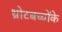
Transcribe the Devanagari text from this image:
थ्रोटबच्चोंके